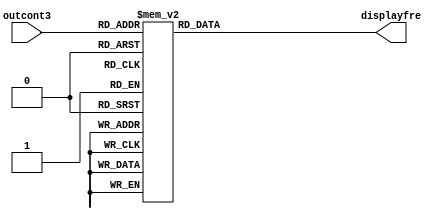
`timescale 1ns / 1ps
//////////////////////////////////////////////////////////////////////////////////
// Company: 
// Engineer: 
// 
// Design Name: 
// Module Name:    Deco_fre_display 
// Project Name: 
// Target Devices: 
// Tool versions: 
// Description: 
//
// Dependencies: 
//
// Revision: 
// Revision 0.01 - File Created
// Additional Comments: 
//
//////////////////////////////////////////////////////////////////////////////////
module Deco_fre_display(
    input wire [2:0] outcont3,
    output wire [9:0] displayfre
    );

reg [9:0] salida2;


always @*
         case (outcont3)
            3'b000  : salida2 = 10'b0000011110;
            3'b001  : salida2 = 10'b0000110010;
            3'b010  : salida2 = 10'b0001001011;
            3'b011  : salida2 = 10'b0001100100;
            3'b100  : salida2 = 10'b0001111101;
            3'b101  : salida2 = 10'b0010010110;
            3'b110  : salida2 = 10'b0010101111;
            3'b111  : salida2 = 10'b0011001000;
            default : salida2 = 10'b0000000000;
         endcase
		
assign displayfre=salida2;

endmodule